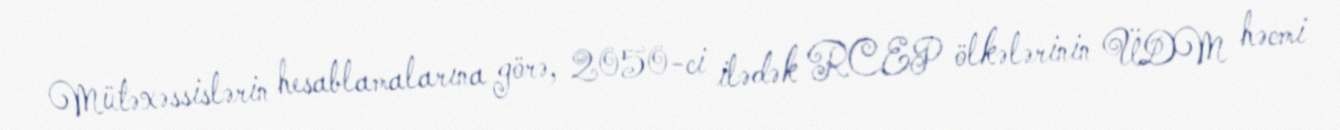
Mütəxəssislərin hesablamalarına görə, 2050-ci ilədək RCEP ölkələrinin ÜDM həcmi